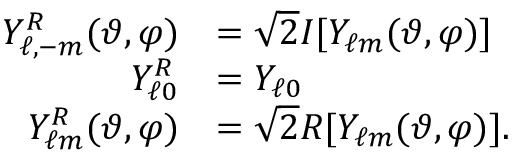
\begin{array} { r l } { Y _ { \ell , - m } ^ { \cal R } ( \vartheta , \varphi ) } & { = \sqrt { 2 } { \cal I } [ Y _ { \ell m } ( \vartheta , \varphi ) ] } \\ { Y _ { \ell 0 } ^ { \cal R } } & { = Y _ { \ell 0 } } \\ { Y _ { \ell m } ^ { \cal R } ( \vartheta , \varphi ) } & { = \sqrt { 2 } { \cal R } [ Y _ { \ell m } ( \vartheta , \varphi ) ] . } \end{array}